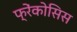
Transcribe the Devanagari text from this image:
फ्रेंकोसिस